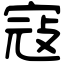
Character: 寇